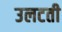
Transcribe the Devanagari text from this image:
उलटती